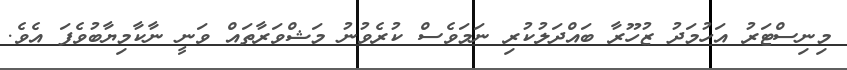
މިނިސްޓަރު އަހުމަދު ޒުހޫރާ ބައްދަލުކުރި ނަމަވެސް ކުރެވުނު މަޝްވަރާތައް ވަނީ ނާކާމިޔާބުވެފަ އެވެ.